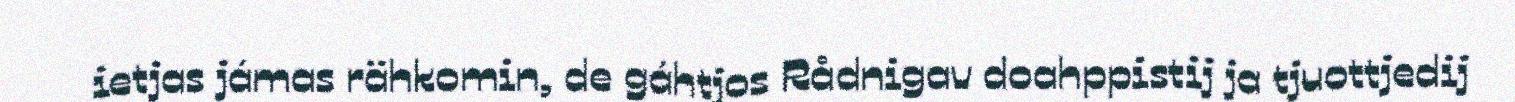
ietjas jámas rähkomin, de gáhtjos Rådnigav doahppistij ja tjuottjedij